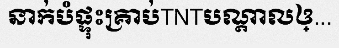
នាក់បំផ្ទុះគ្រាប់TNTបណ្តាលឲ្...